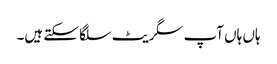
ہاں ہاں آپ سگریٹ سلگا سکتے ہیں۔